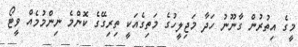
މީގެ އިތުރުން ގާނޫނު ހަދާ މަޖިލީހުގެ މަތިގެއަކީ ތިރިގޭގެ ކޮންމެ ނިންމުމެއް ވީޓޯ